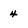
Character: 4